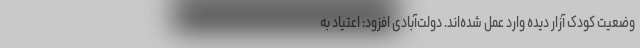
وضعیت کودک‌ آزار دیده وارد عمل شده‌اند. دولت‌آبادی افزود: اعتیاد به